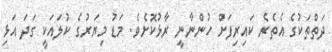
ދަތްތަކުގެ އެތެރެ ކައިރިފަށް ހުންނާނީ ރާޅުކޮށެވެ. މަޑު މިޔަރުގެ ކުލައަކީ ގަދަ އަޅި